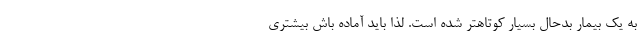
به یک بیمار بدحال بسیار کوتاهتر شده است. لذا باید آماده باش بیشتری